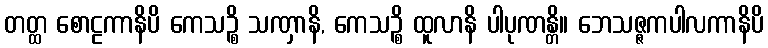
တတ္ထ စောဠကာနိပိ ကေသဉ္စိ သဏှာနိ, ကေသဉ္စိ ထူလာနိ ပါပုဏန္တိ။ ဘေသဇ္ဇကပါလကာနိပိ